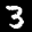
Label: 3